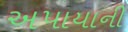
અપાયાની